Leaving Certificate Examination, 1909
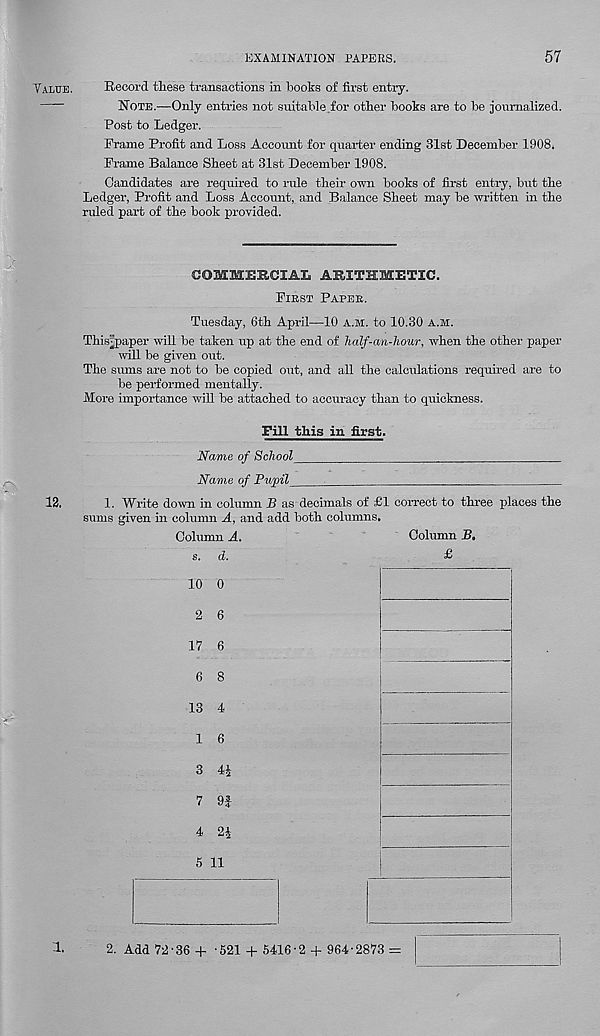
EXAMINATION PAPERS.
57
Value.
Record these transactions in hooks of first entry.
Note.—Only entries not suitable.for other hooks are to he journalized.
Rost to Ledger.
Frame Profit and Loss Account for quarter ending 31st December 1908.
Frame Balance Sheet at 31st December 1908.
Candidates are required to rule their own books of first entry, but the
Ledger, Profit and Loss Account, and Balance Sheet may be written in the
ruled part of the book provided.
COMMERCIAL ARITHMETIC.
Fibst Papeb,.
Tuesday, 6th April—10 a.m. to 10.30 a.m.
This^paper will be taken up at the end of half-an-hour, when the other paper
will be given out.
The sums are not to be copied out, and all the calculations required are to
be performed mentally.
More importance will be attached to accuracy than to quickness.
Fill this in first.
Name of School
Name of Pupil
:
13.
1. Write down in column B as decimals of £1 correct to three places the
sums given in column A, and add both columns.
Column A.
Column B.
s. d.
£
10 0
2 6
17 6
6 8
13 4
1 6
3 44
7 9J
4 24
5 11
!
1.
2. Add 72-36 + -521 + 5416-2 + 964-2873 =